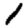
Digit: 1